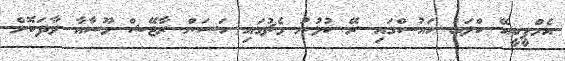
އެމްޕީބީއޭ ކްލަބު ހައުސްގައި ރޭ ކުޅުނު މެޗުގައި ހަސަން ރާޖޭޝް މޫސާއާ ވާދަކޮށް